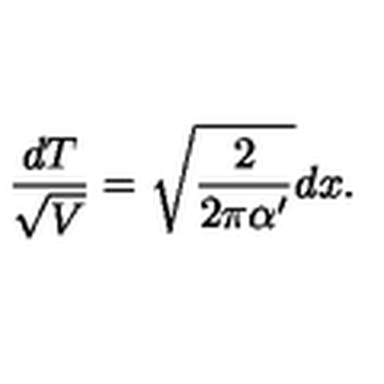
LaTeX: \frac { d T } { \sqrt { V } } = \sqrt { \frac { 2 } { 2 \pi \alpha ^ { \prime } } } d x .